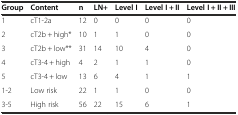
| Group | Content | n | LN+ | Level I | Level I + II | Level I + II + III |
 | --- | --- | --- | --- | --- | --- | --- |
 | 1 | cT1-2a | 12 | 0 | 0 | 0 | 0 |
 | 2 | cT2b + high* | 10 | 1 | 1 | 0 | 0 |
 | 3 | cT2b + low** | 31 | 14 | 10 | 4 | 0 |
 | 4 | cT3-4 + high | 4 | 2 | 1 | 1 | 0 |
 | 5 | cT3-4 + low | 13 | 6 | 4 | 1 | 1 |
 | 1-2 | Low risk | 22 | 1 | 1 | 0 | 0 |
 | 3-5 | High risk | 56 | 22 | 15 | 6 | 1 |